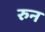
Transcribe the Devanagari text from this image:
रुन